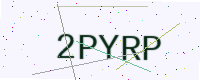
Text: 2PYRP